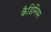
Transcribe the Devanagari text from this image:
कैडिमियम